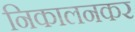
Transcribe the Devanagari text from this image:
निकालनकर